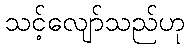
သင့်လျော်သည်ဟု